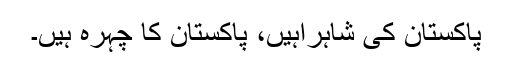
پاکستان کی شاہراہیں، پاکستان کا چہرہ ہیں۔